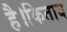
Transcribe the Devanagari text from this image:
है।किताब